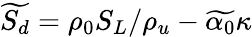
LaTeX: \widetilde{S_{d}}=\rho_{0}S_{L}/\rho_{u}-\widetilde{\alpha_{0}}\kappa